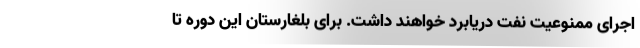
اجرای ممنوعیت نفت دریابرد خواهند داشت. برای بلغارستان این دوره تا